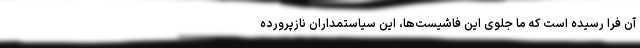
آن فرا رسیده است که ما جلوی این فاشیست‌ها، این سیاستمداران نازپرورده